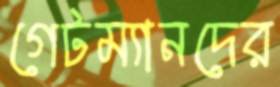
গেটম্যানদের